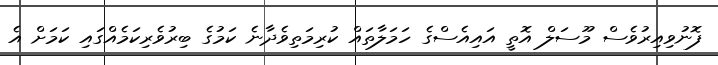
ފޮނުވިއިރުވެސް މޫސަލް އޮތީ އައިއެސްގެ ހަމަލާތައް ކުރިމަތިވެދާނެ ކަމުގެ ބިރުވެރިކަމެއްގައި ކަމަށް އެ